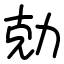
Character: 勀